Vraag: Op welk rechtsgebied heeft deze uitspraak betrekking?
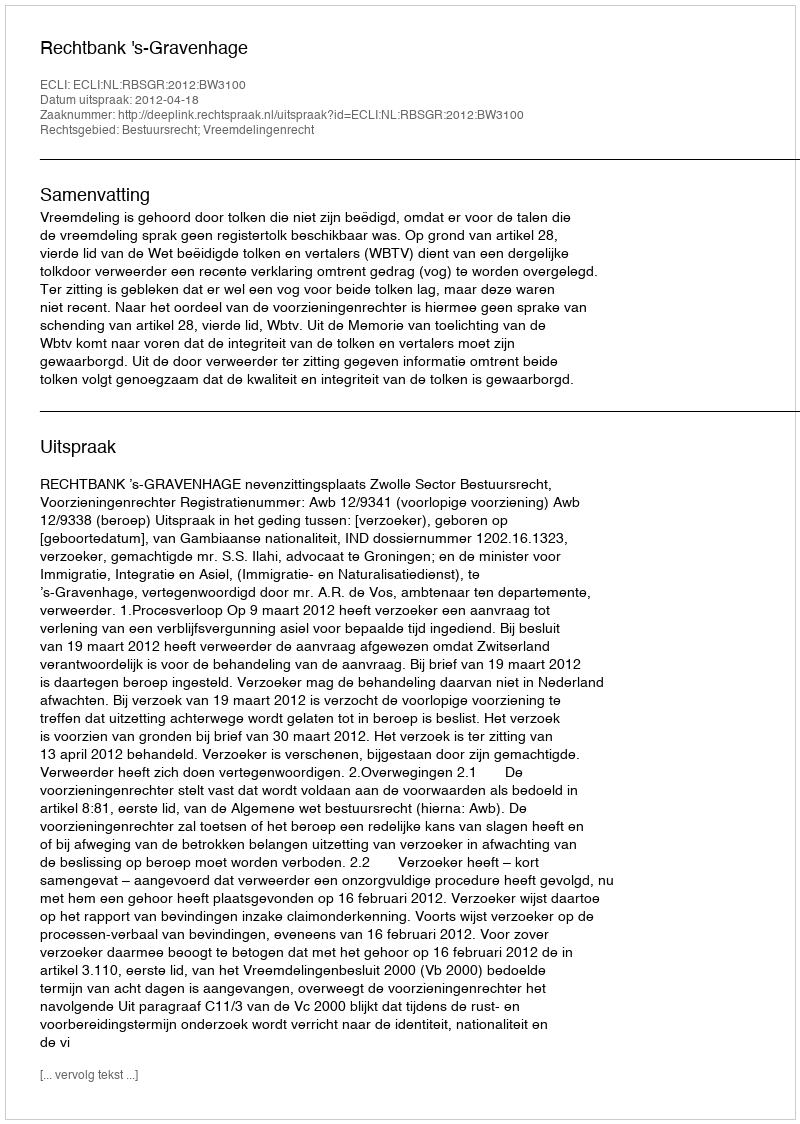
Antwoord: Bestuursrecht; Vreemdelingenrecht